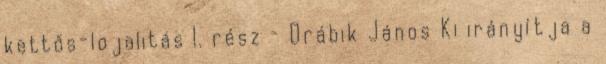
kettős-lojalitás I. rész – Drábik János Ki irányítja a